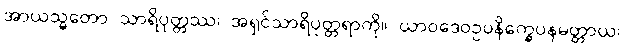
အာယသ္မတော သာရိပုတ္တဿ၊ အရှင်သာရိပုတ္တရာကို။ ယာဝဒေဝဥပနိက္ခေပနမတ္တာယ၊